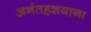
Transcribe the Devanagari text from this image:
अनंतहशयाना